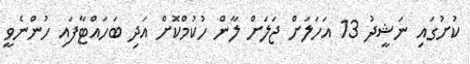
ކުށުގައި ނަޝީދު 13 އަހަލަށް ޖަލަށް ލާން ހުކުމްކޮށް އަދި ބަހައްޓާފައި ހުންނެވީ